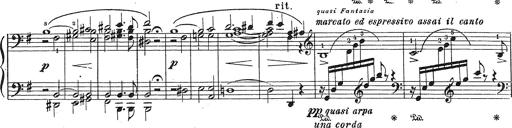
Title: Grosses Konzertsolo
Composer: Franz Liszt